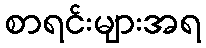
စာရင်းများအရ